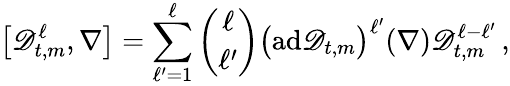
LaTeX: \big[\mathscr{D}_{t,m}^{\ell},\nabla\bigr]=\sum_{\ell^{\prime}=1}^{\ell}\binom{\ell}{\ell^{\prime}}\bigl(\mathrm{ad}\mathscr{D}_{t,m}\bigr)^{\ell^{\prime}}(\nabla)\mathscr{D}_{t,m}^{\ell-\ell^{\prime}}\, ,